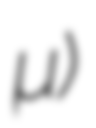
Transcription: Ἄλκιμος)